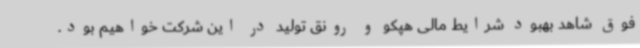
فوق شاهد بهبود شرایط مالی هپکو و رونق تولید در این شرکت خواهیم بود.